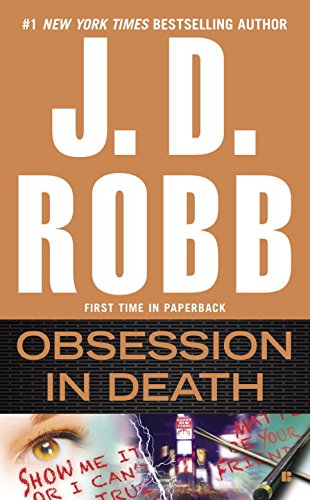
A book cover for Obsession in Death; J. D. Robb; Mystery, Thriller & Suspense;